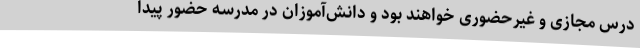
درس مجازی و غیرحضوری خواهند بود و دانش‌آموزان در مدرسه حضور پیدا